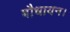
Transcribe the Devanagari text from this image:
बौधायन।